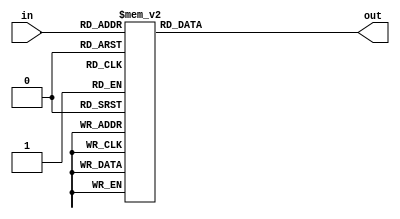
`timescale 1ns / 1ps
//////////////////////////////////////////////////////////////////////////////////
//
// HUST Verilog Experiment 4 and 5 Decoder 4 to 16
//
// Pan Yue
//
//////////////////////////////////////////////////////////////////////////////////


module decoder_4to16(in, out);
  input [3:0] in;
  output reg [7:0] out;

  always@(in)
    begin
      case(in)
        4'b0000 : out[7:0] = 8'b11000000;
        4'b0001 : out[7:0] = 8'b11111001;
        4'b0010 : out[7:0] = 8'b10100100;
        4'b0011 : out[7:0] = 8'b10110000;
        4'b0100 : out[7:0] = 8'b10011001;
        4'b0101 : out[7:0] = 8'b10010010;
        4'b0110 : out[7:0] = 8'b10000010;
        4'b0111 : out[7:0] = 8'b11111000;
        4'b1000 : out[7:0] = 8'b10000000;
        4'b1001 : out[7:0] = 8'b10011000;
        4'b1010 : out[7:0] = 8'b10001000;
        4'b1011 : out[7:0] = 8'b10000011;
        4'b1100 : out[7:0] = 8'b11000110;
        4'b1101 : out[7:0] = 8'b10100001;
        4'b1110 : out[7:0] = 8'b10000110;
        default : out[7:0] = 8'b10001110;
      endcase
    end
endmodule